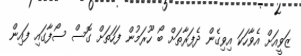
ޒަވީއަށް އެވާހަކަ އިވިގެން ދެފަރާތަށް ބޯ ހޫރަމުން ފަހަތަށް ގޮސް ސޯފާގައި ފައިން